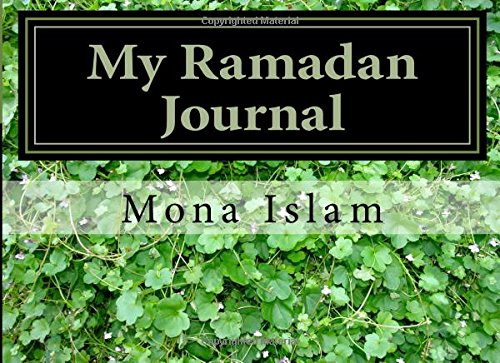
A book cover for My Ramadan Journal (Tarbiya Today); Mona Islam; Religion & Spirituality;